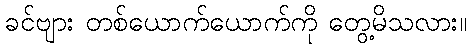
ခင်ဗျား တစ်ယောက်ယောက်ကို တွေ့မိသလား။